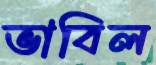
ভাবিল